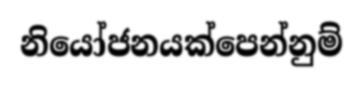
නියෝජනයක්පෙන්නුම්